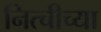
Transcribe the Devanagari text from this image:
नित्चीच्या